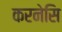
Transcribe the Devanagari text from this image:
करनेसि